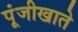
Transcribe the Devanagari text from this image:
पूंजीखाते